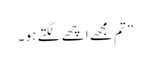
” تم مجھے اچھے لگتے ہو ۔